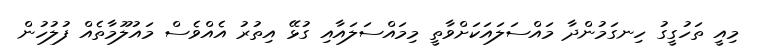
މިއީ ތަހުގީގު ހިނގަމުންދާ މައްސަލައަކަށްވާތީ މިމައްސަލައާއި ގުޅޭ އިތުރު އެއްވެސް މައުލޫމާތެއް ފުލުހުން